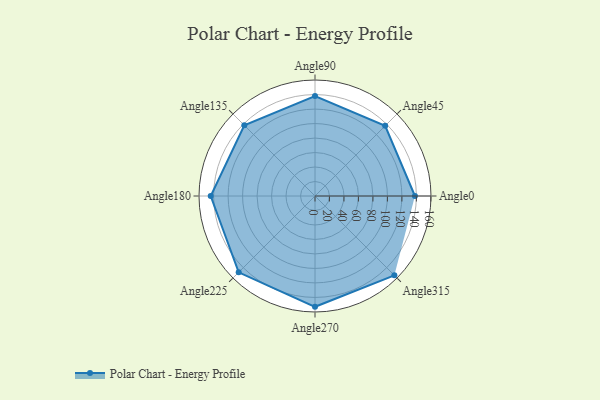
{"axis": {"x": "Angle", "y": "Radius"}, "legend": [""], "data": [{"x": "Angle0", "y": 138.0, "type": ""}, {"x": "Angle45", "y": 137.0, "type": ""}, {"x": "Angle90", "y": 138.0, "type": ""}, {"x": "Angle135", "y": 138.0, "type": ""}, {"x": "Angle180", "y": 144.0, "type": ""}, {"x": "Angle225", "y": 149.0, "type": ""}, {"x": "Angle270", "y": 153.0, "type": ""}, {"x": "Angle315", "y": 155.0, "type": ""}]}